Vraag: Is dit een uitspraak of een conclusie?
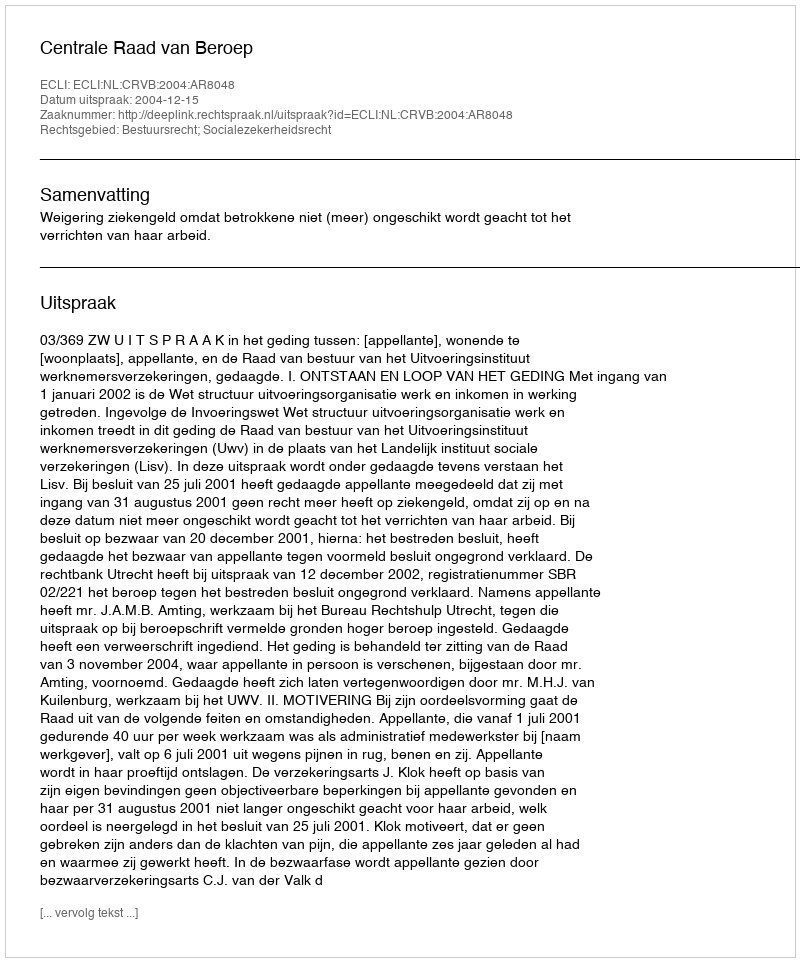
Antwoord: Uitspraak